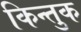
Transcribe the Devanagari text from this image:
किन्तुक